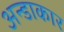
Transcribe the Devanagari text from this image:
अन्डाकार